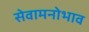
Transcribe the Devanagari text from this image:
सेवामनोभाव